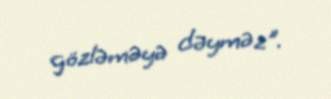
gözləməyə dəyməz".